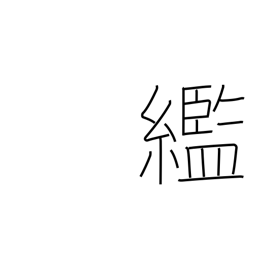
Meaning: rags